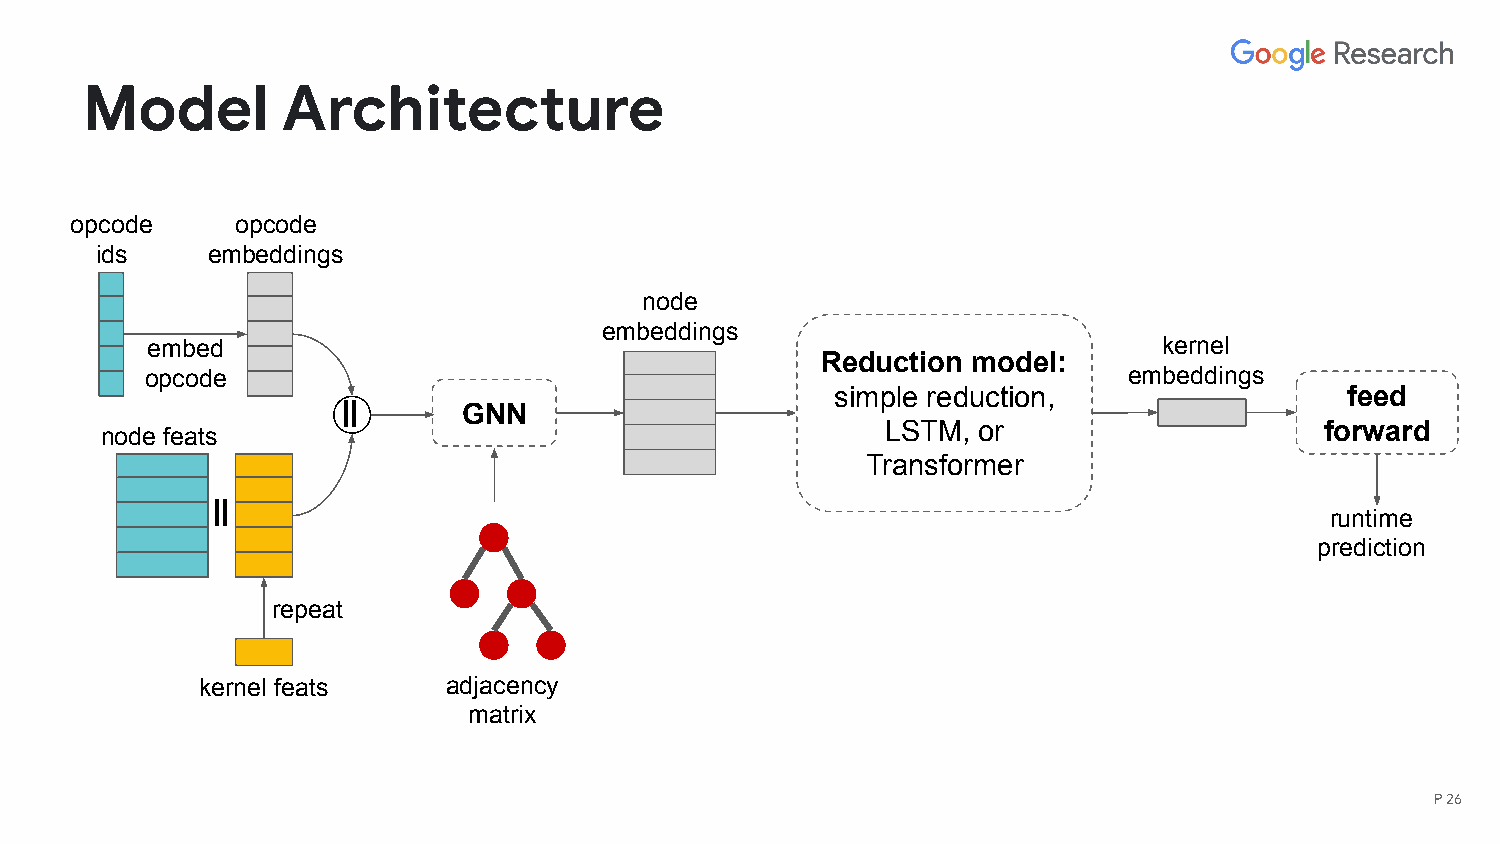
Model         Architecture
 opcode     opcode
 ids     embeddings
 node
 embeddings
 embed                                                              kernel
 Reduction model:
 opcode                                                           embeddings
 simple reduction,                 feed
 ||      GNN
 LSTM, or                     forward
 node feats
 Transformer
 ||
 runtime
 prediction
 repeat
 kernel feats     adjacency
 matrix
 P 26